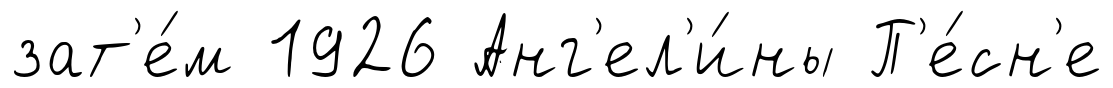
зат'е́м 1926 Анг'ел'и́ны П'е́сн'е